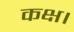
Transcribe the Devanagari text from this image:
कक्ष।